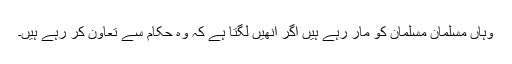
وہاں مسلمان مسلمان کو مار رہے ہیں اگر انھیں لگتا ہے کہ وہ حکام سے تعاون کر رہے ہیں۔